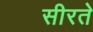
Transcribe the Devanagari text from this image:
सीरते